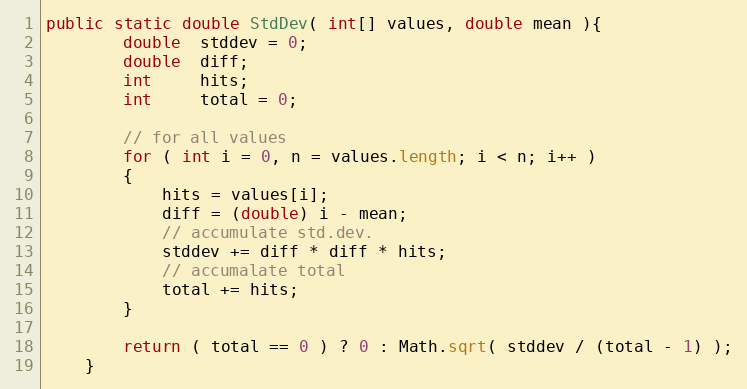
Language: Java
public static double StdDev( int[] values, double mean ){
        double  stddev = 0;
        double  diff;
        int     hits;
        int     total = 0;

        // for all values
        for ( int i = 0, n = values.length; i < n; i++ )
        {
            hits = values[i];
            diff = (double) i - mean;
            // accumulate std.dev.
            stddev += diff * diff * hits;
            // accumalate total
            total += hits;
        }

        return ( total == 0 ) ? 0 : Math.sqrt( stddev / (total - 1) );
    }